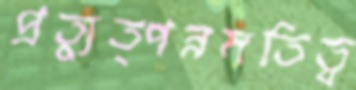
প্রত্যুত্পন্নমতিত্ব